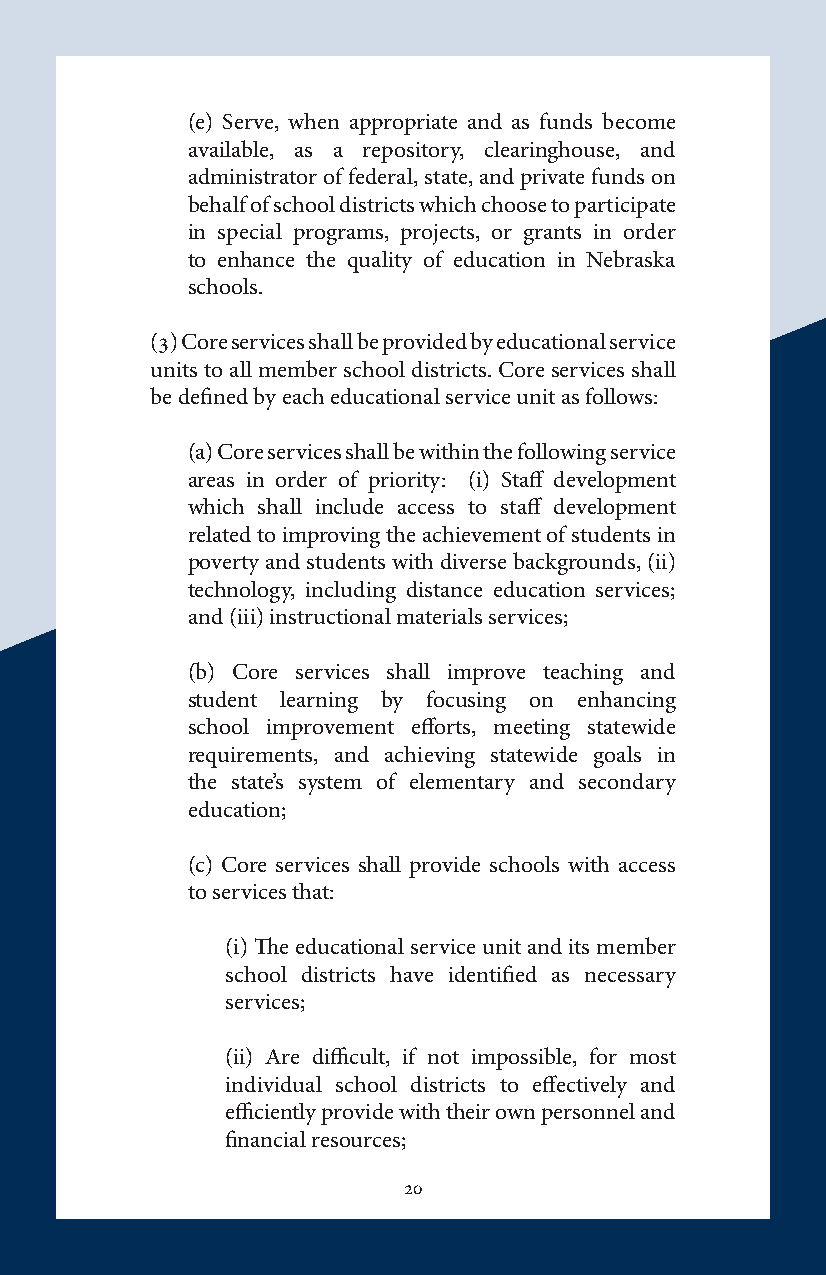
(e) Serve, when appropriate and as funds become
 available, as a repository, clearinghouse, and
 administrator of federal, state, and private funds on
 behalf of school districts which choose to participate
 in special programs, projects, or grants in order
 to enhance the quality of education in Nebraska
 schools.
 (3) Core services shall be provided by educational service
 units to all member school districts. Core services shall
 be defined by each educational service unit as follows:
 (a) Core services shall be within the following service
 areas in order of priority: (i) Staff development
 which shall include access to staff development
 related to improving the achievement of students in
 poverty and students with diverse backgrounds, (ii)
 technology, including distance education services;
 and (iii) instructional materials services;
 (b) Core services shall improve teaching and
 student learning by focusing on enhancing
 school improvement efforts, meeting statewide
 requirements, and achieving statewide goals in
 the state’s system of elementary and secondary
 education;
 (c) Core services shall provide schools with access
 to services that:
 (i) The educational service unit and its member
 school districts have identified as necessary
 services;
 (ii) Are difficult, if not impossible, for most
 individual school districts to effectively and
 efficiently provide with their own personnel and
 financial resources;
 20